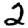
Digit: 2